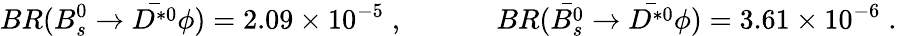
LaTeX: BR(B_{s}^{0}\to\bar{D^{*0}}\phi)=2.09\times 10^{-5}\; ,~~~~~~~~~~~~~BR(\bar{B_{s}^{0}}\to\bar{D^{*0}}\phi)=3.61\times 10^{-6}\; .